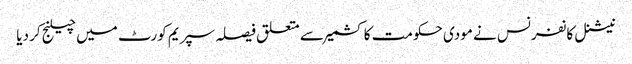
نیشنل کانفرنس نے مودی حکومت کا کشمیر سے متعلق فیصلہ سپریم کورٹ میں چیلنج کر دیا